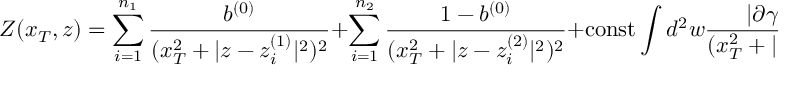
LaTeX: Z ( x _ { T } , z ) = \sum _ { i = 1 } ^ { n _ { 1 } } { \frac { b ^ { ( 0 ) } } { ( x _ { T } ^ { 2 } + | z - z _ { i } ^ { ( 1 ) } | ^ { 2 } ) ^ { 2 } } } + \sum _ { i = 1 } ^ { n _ { 2 } } { \frac { 1 - b ^ { ( 0 ) } } { ( x _ { T } ^ { 2 } + | z - z _ { i } ^ { ( 2 ) } | ^ { 2 } ) ^ { 2 } } } + \mathrm { c o n s t } \int d ^ { 2 } w { \frac { | \partial \gamma ( w ) | ^ { 2 } } { ( x _ { T } ^ { 2 } + | z - w | ^ { 2 } ) ^ { 2 } } } .